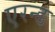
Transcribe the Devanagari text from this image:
एरन्ड